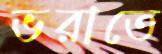
ভরাতে